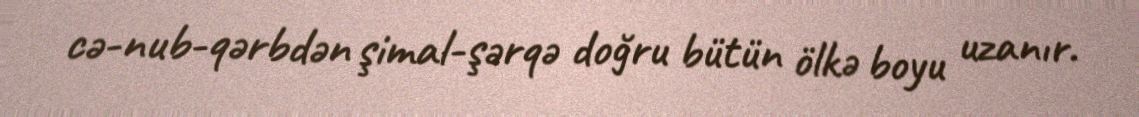
cə-nub-qərbdən şimal-şərqə doğru bütün ölkə boyu uzanır.